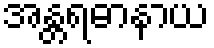
အန္တရဓာနာယ